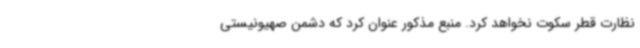
نظارت قطر سکوت نخواهد کرد. منبع مذکور عنوان کرد که دشمن صهیونیستی